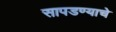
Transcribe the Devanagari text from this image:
सापडण्याचे